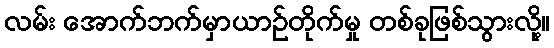
လမ်း အောက်ဘက်မှာယာဉ်တိုက်မှု တစ်ခုဖြစ်သွားလို့။